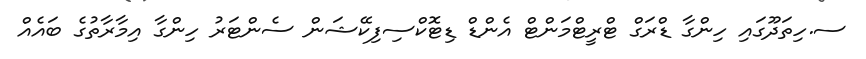
ސ.ހިތަދޫގައި ހިންގާ ޑްރަގް ޓްރީޓްމަންޓް އެންޑް ޑިޓޮކްސިފިކޭޝަން ސެންޓަރު ހިންގާ އިމާރާތުގެ ބައެއް